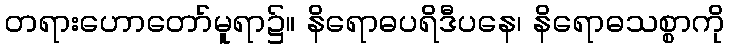
တရားဟောတော်မူရာ၌။ နိရောဓပရိဒီပနေ၊ နိရောဓသစ္စာကို